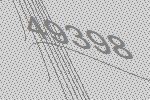
49398